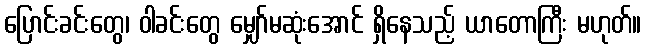
ပြောင်းခင်းတွေ၊ ဝါခင်းတွေ မျှော်မဆုံးအောင် ရှိနေသည့် ယာတောကြီး မဟုတ်။